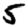
Digit: 5